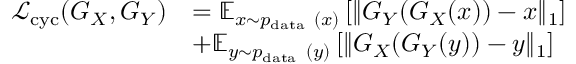
\begin{array} { r l } { \mathcal { L } _ { \mathrm { c y c } } ( G _ { X } , G _ { Y } ) } & { = \mathbb { E } _ { x \sim p _ { \mathrm { d a t a ~ } } ( x ) } \left[ \| G _ { Y } ( G _ { X } ( x ) ) - x \| _ { 1 } \right] } \\ & { + \mathbb { E } _ { y \sim p _ { \mathrm { d a t a ~ } } ( y ) } \left[ \| G _ { X } ( G _ { Y } ( y ) ) - y \| _ { 1 } \right] } \end{array}